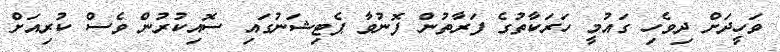
ވަހީދަށް ދިވެހި ގައުމީ ހަރަކާތުގެ ފަރާތުން ފޮނުވާ ޕެޓިޝަނުގައި ސޮއިކުރުން ވެސް ކުރިއަށް